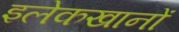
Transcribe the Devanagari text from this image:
इलेकखानों